Indian journal of veterinary science and animal husbandry - Volumes 15-17, 1948-1951
Year: 1948
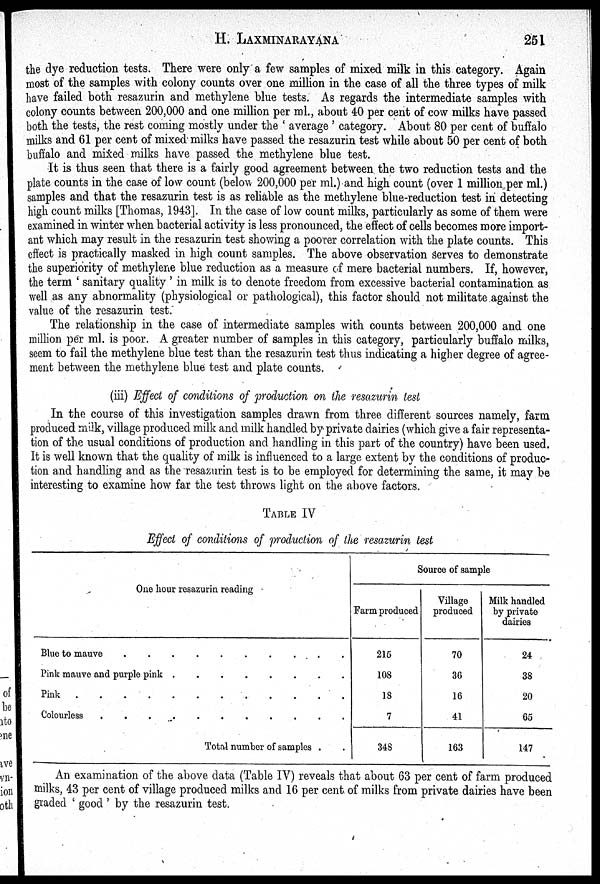
H. LAXMINARAYANA 251
the dye reduction tests. There were only a few samples of mixed milk in this category. Again
most of the samples with colony counts over one million in the case of all the three types of milk
have failed both resazurin and methylene blue tests. As regards the intermediate samples with
colony counts between 200,000 and one million per ml., about 40 per cent of cow milks have passed
both the tests, the rest coming mostly under the 'average' category. About 80 per cent of buffalo
milks and 61 per cent of mixed milks have passed the resazurin test while about 50 per cent of both
buffalo and mixed milks have passed the methylene blue test.
It is thus seen that there is a fairly good agreement between the two reduction tests and the
plate counts in the case of low count (below 200,000 per ml.) and high count (over 1 million per ml.)
samples and that the resazurin test is as reliable as the methylene blue-reduction test in detecting
high count milks [Thomas, 1943]. In the case of low count milks, particularly as some of them were
examined in winter when bacterial activity is less pronounced, the effect of cells becomes more import-
ant which may result in the resazurin test showing a poorer correlation with the plate counts. This
effect is practically masked in high count samples. The above observation serves to demonstrate
the superiority of methylene blue reduction as a measure of mere bacterial numbers. If, however,
the term 'sanitary quality' in milk is to denote freedom from excessive bacterial contamination as
well as any abnormality (physiological or pathological), this factor should not militate against the
value of the resazurin test.
The relationship in the case of intermediate samples with counts between 200,000 and one
million per ml. is poor. A greater number of samples in this category, particularly buffalo milks,
seem to fail the methylene blue test than the resazurin test thus indicating a higher degree of agree-
ment between the methylene blue test and plate counts.
(iii) Effect of conditions of production on the resazurin test
In the course of this investigation samples drawn from three different sources namely, farm
produced milk, village produced milk and milk handled by private dairies (which give a fair representa-
tion of the usual conditions of production and handling in this part of the country) have been used.
It is well known that the quality of milk is influenced to a large extent by the conditions of produc-
tion and handling and as the resazurin test is to be employed for determining the same, it may be
interesting to examine how far the test throws light on the above factors.
TABLE IV
Effect of conditions of production of the resazurin test
One hour resazurin reading
Blue to mauve . . . . . . . . . .
Pink mauve and purple pink . . . . . . . . . .
Pink . . . . . . . . . .
Colourless . . . . . . . . . .
Total number of samples . .
Source of sample
Farm produced
215
108
13
7
348
Village
produced
70
36
16
41
163
Milk handled
by private
dairies
24
38
20
65
147
An examination of the above data (Table IV) reveals that about 63 per cent of farm produced
milks, 43 per cent of village produced milks and 16 per cent of milks from private dairies have been
graded 'good ' by the resazurin test.